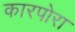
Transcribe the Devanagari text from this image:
कारपोरा